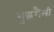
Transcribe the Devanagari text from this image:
युद्धशैली